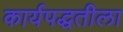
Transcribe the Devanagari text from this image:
कार्यपद्धतीला